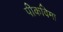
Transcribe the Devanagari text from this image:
पीकविमा